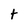
Character: t